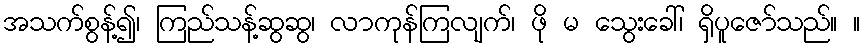
အသက်စွန့်၍၊ ကြည်သန့်ဆွဆွ၊ လာကုန်ကြလျက်၊ ဖို မ သွေးခေါ်၊ ရှိပူဇော်သည်။ ။